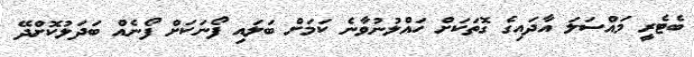
ބެޓެރީ މައްސަލަ އާދައިގެ ގޮތަކަށް ހައްލުނުވާނެ ކަމަށް ބަލައި ފޯނަކަށް ފޯނެއް ބަދަލުކޮށްދޭ